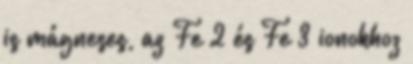
is mágneses, az Fe 2 és Fe 3 ionokhoz